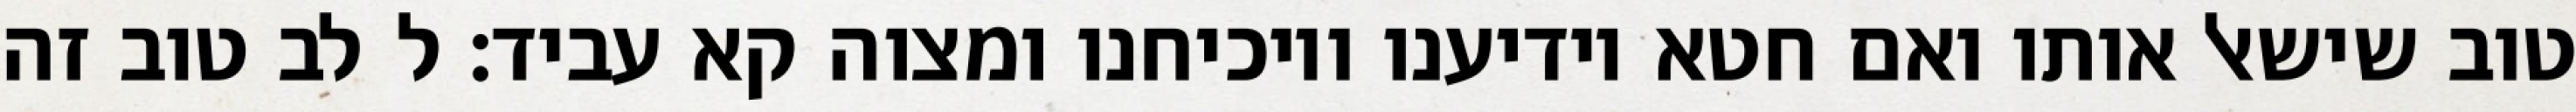
טוב שישאל אותו ואם חטא יודיענו ויוכיחנו ומצוה קא עביד: ל לב טוב זה